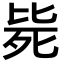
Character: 毙